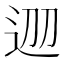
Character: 𨒀